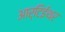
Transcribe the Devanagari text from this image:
आर्टिईथर